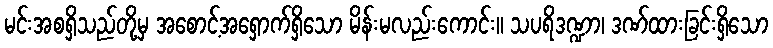
မင်းအစရှိသည်တို့မှ အစောင့်အရှောက်ရှိသော မိန်းမလည်းကောင်း။ သပရိဒဏ္ဍာ၊ ဒဏ်ထားခြင်းရှိသော